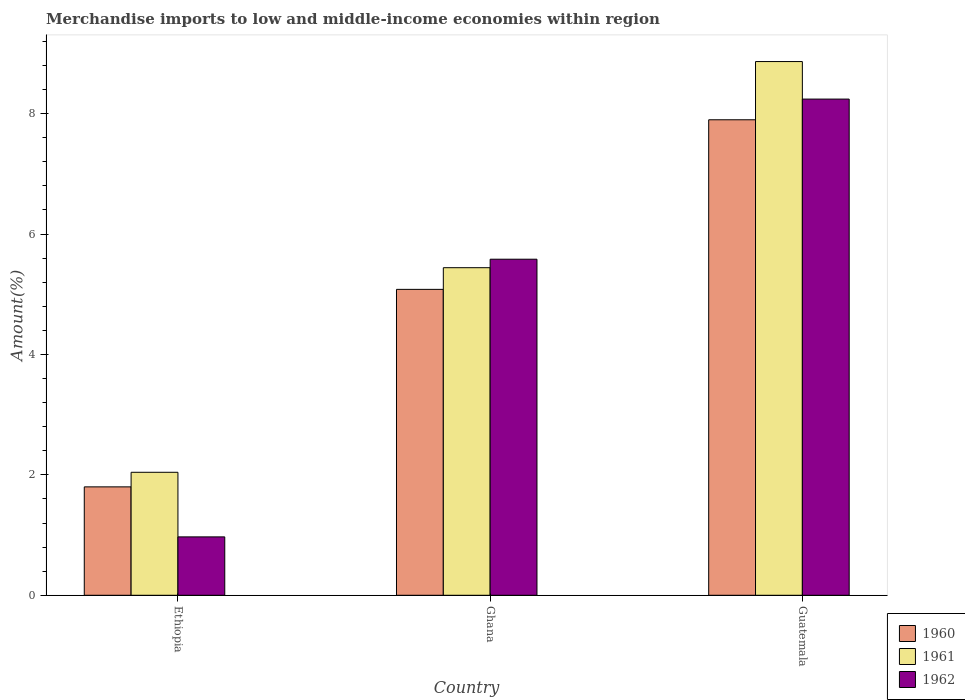
| Country | 1960 | 1961 | 1962 |
 | --- | --- | --- | --- |
 | Ethiopia | 1.8 | 2.04 | 0.97 |
 | Ghana | 5.08 | 5.44 | 5.58 |
 | Guatemala | 7.9 | 8.87 | 8.24 |